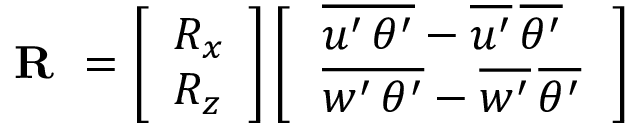
\textbf { R } = \left[ \begin{array} { l } { R _ { x } } \\ { R _ { z } } \end{array} \right] \left[ \begin{array} { l } { \, \overline { { { u ^ { \prime } \, \theta ^ { \prime } } } } - \overline { { { u ^ { \prime } } } } \, \overline { { { \theta ^ { \prime } } } } \, } \\ { \, \overline { { { w ^ { \prime } \, \theta ^ { \prime } } } } - \overline { { { w ^ { \prime } } } } \, \overline { { { \theta ^ { \prime } } } } \, } \end{array} \right]